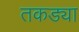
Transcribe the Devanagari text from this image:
तकड्या